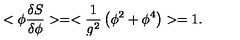
< \phi { \frac { \delta S } { \delta \phi } } > = < { \frac { 1 } { g ^ { 2 } } } \left( \phi ^ { 2 } + \phi ^ { 4 } \right) > = 1 .